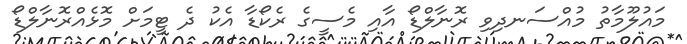
މައުލޫމާތު މުއްސަނދިވި ރޮނާލްޑޯ އާއި މެސީގެ ރެކޯޑާ އެކު ދެ ޓީމަށް މޮޅެއްރޮނާލްޑޯ